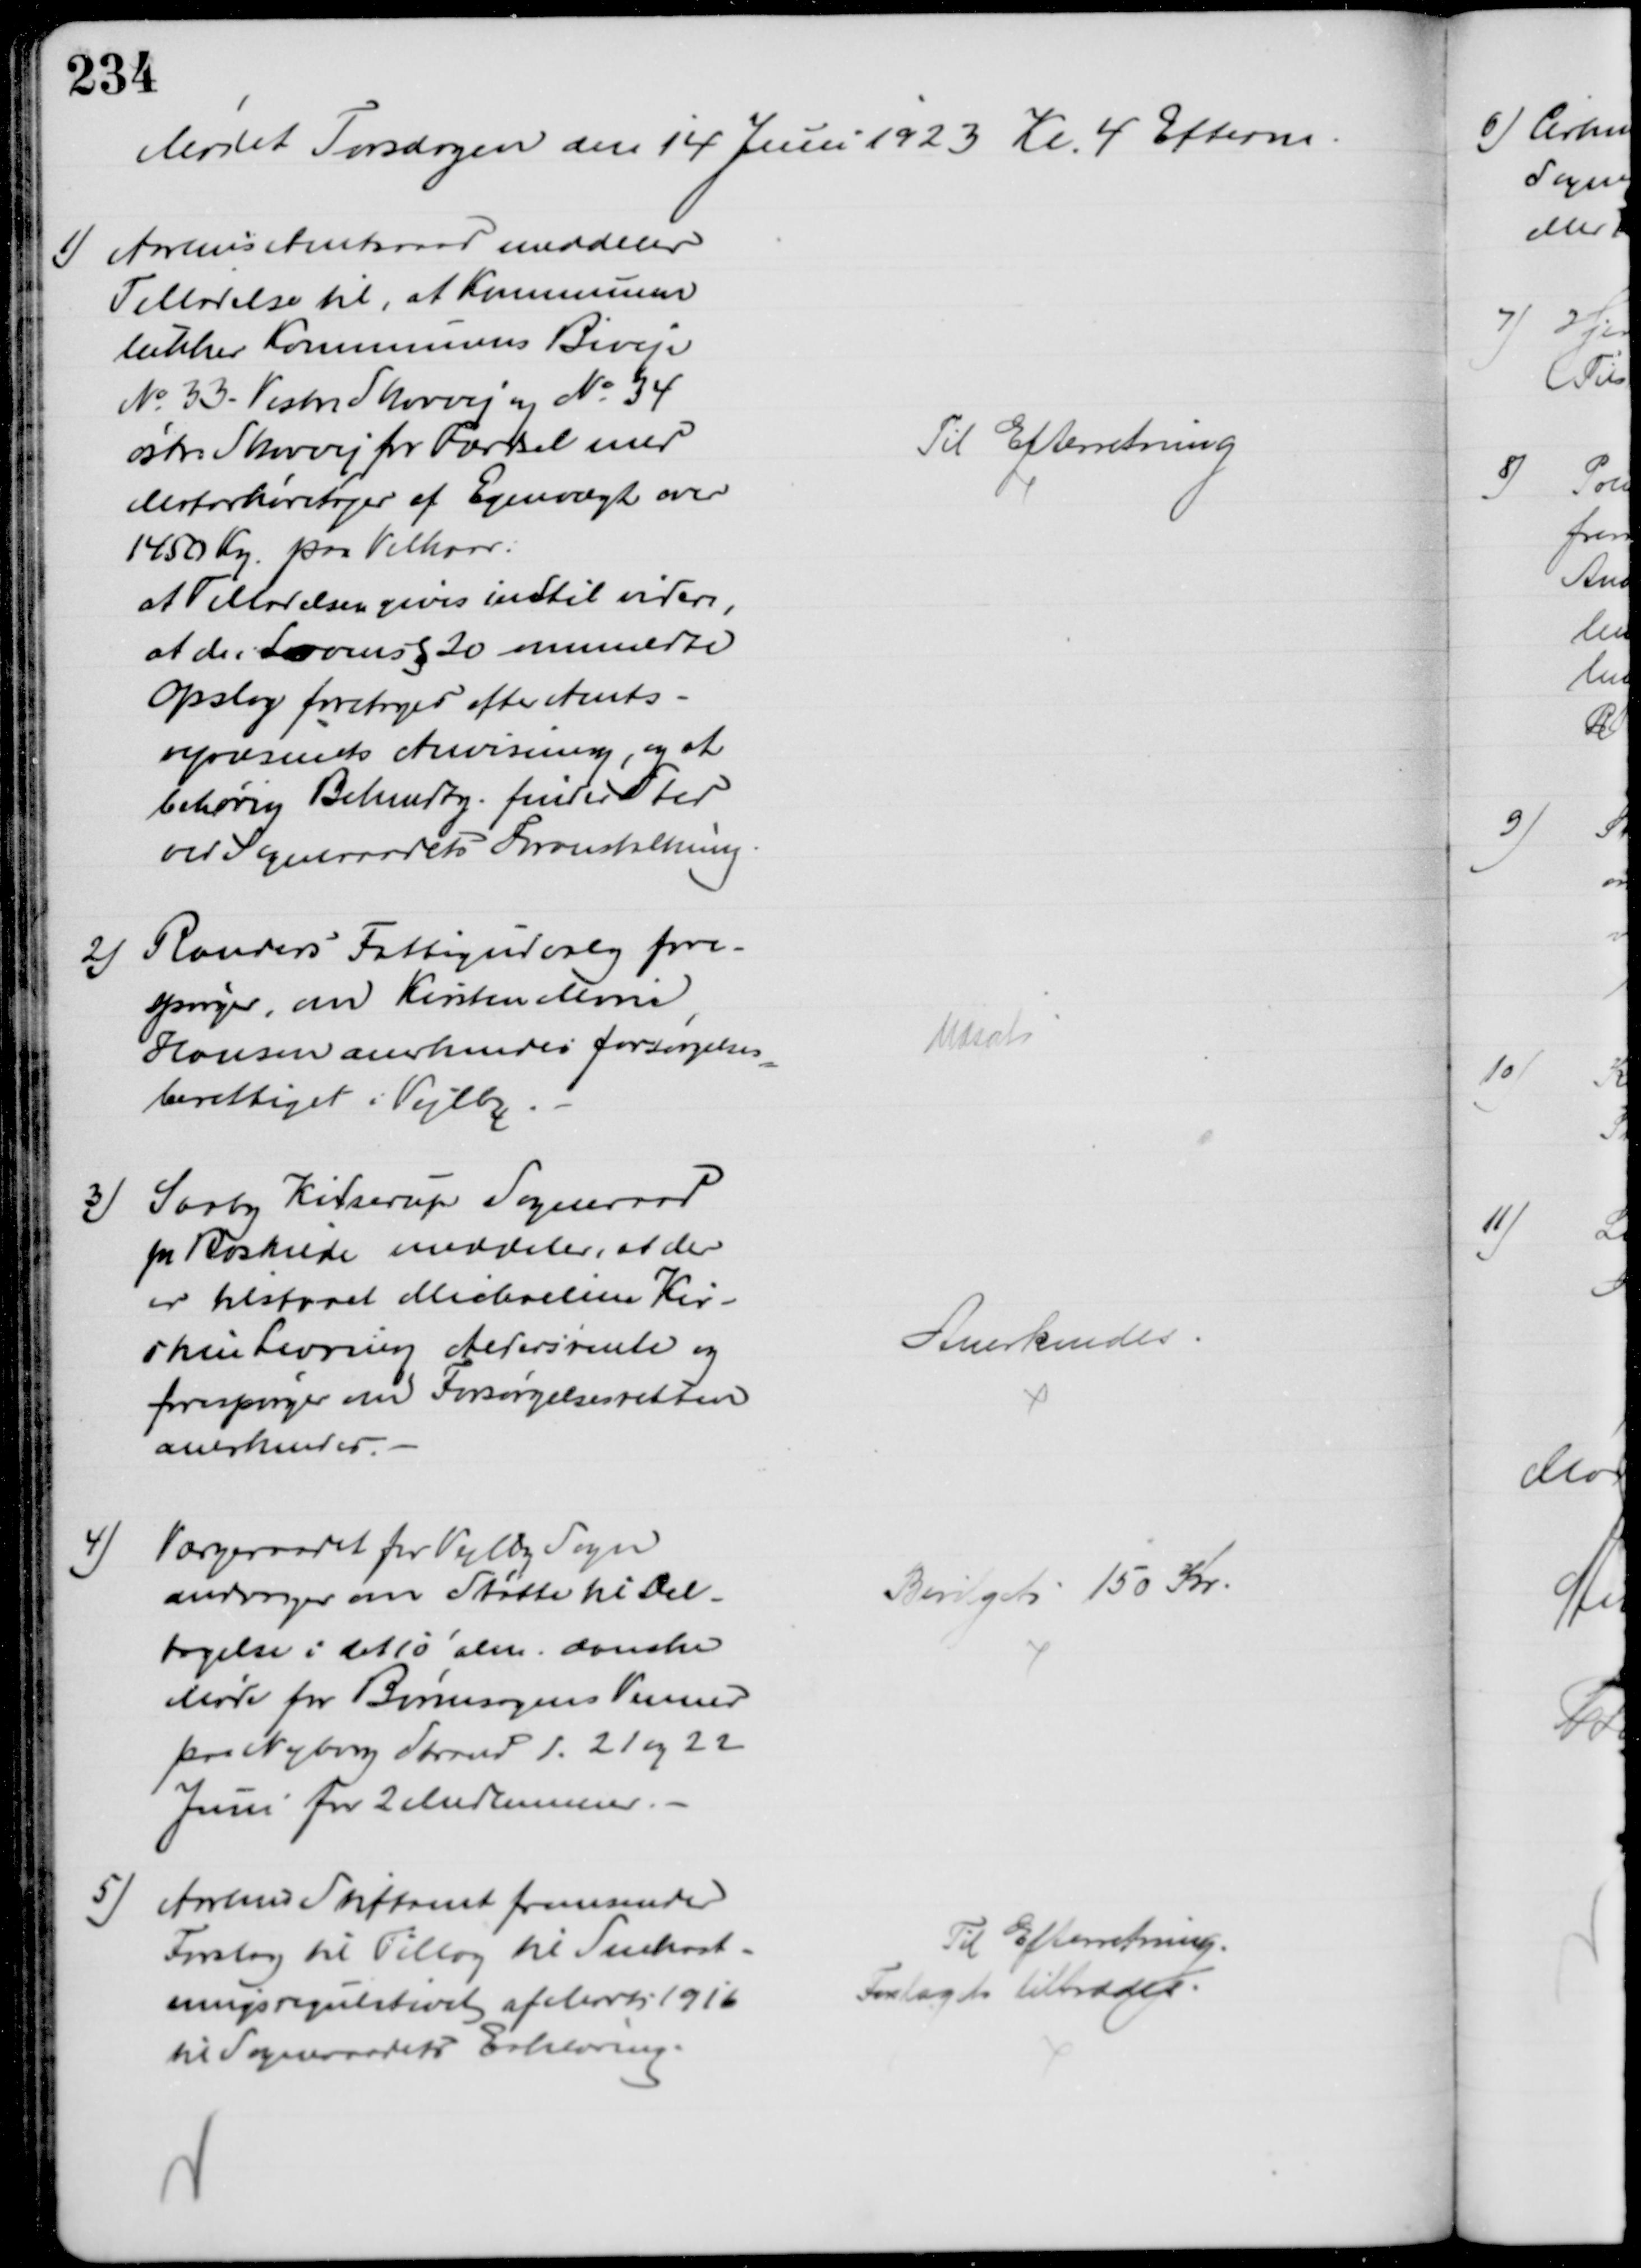
Transskription:
Mødet Torsdagen den 14 Juni 1923 Kl. 4 Efterm.
1)
Aarhus Amtsraad meddeler
Tilladelse til, at Kommunen
lukker Kommunens Biveje
№ 33. Vestre Skovvej og № 34
østre Skovvej for Færdsel med
Motorkøretøjer af Egenvægt over
1450 Kg paa Vilkaar:
at Tilladelsen gives indtil videre,
at M i Lovens § 20 ommeldte
Opslag foretages efter Amts-
vejvæsenets Anvisning, og at
behørig Bekendtg. finder Sted
ved Sogneraadets Foranstaltning.
Til Efterretning
2) Randers Fattigudvalg fore-
spørger, om Kirsten Marie
Hansen anerkendes forsørgelses
=
berettiget i Vejlby
Udsat
3) Saaby Kidserup Sogneraad
pr Roskilde meddeler, at der
er tilstaaet Michaeline Kir-
stine Levring Aldersrente og
forespørger om Forsørgelsesretten
anerkendes.
Anerkendes
4)
Værgeraadet for Vejlby Sogn
andrager om Støtte til Del-
tagelse i det 10' alm. danske
Møde for Børnesagens Venner
paa Nyborg Strand d. 21 og 22
Juni for 2 Medlemmerer.
Bevilget 150 Kr.
5)
Aarhus Stiftamt fremsender
Forslag til Tillæg til Snekast-
ningsregulativet af Marts 1916
til Sogneraadets Erklæring.
Til Efterretning.
Forslaget tiltrædes.